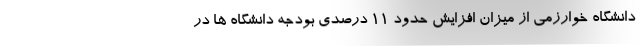
دانشگاه خوارزمی از میزان افزایش حدود ۱۱ درصدی بودجه دانشگاه ها در